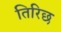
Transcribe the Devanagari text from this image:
तिरिछ